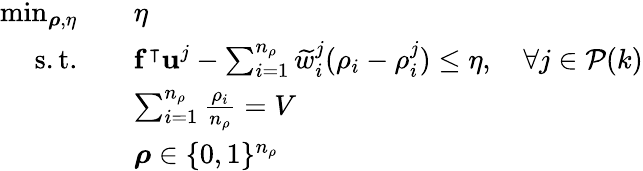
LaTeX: \begin{array}{rl}{\operatorname*{min}_{\boldsymbol{\rho},\eta}}&{\quad\eta}\\ {\mathrm{s.t.}}&{\quad\mathbf{f}^{\intercal}\mathbf{u}^{j}-\sum_{i=1}^{n_{\rho}}\widetilde{w}_{i}^{j}(\rho_{i}-\rho_{i}^{j})\leq\eta,\quad\forall j\in\mathcal{P}(k)}\\ &{\quad\sum_{i=1}^{n_{\rho}}\frac{\rho_{i}}{n_{\rho}}=V}\\ &{\quad\boldsymbol{\rho}\in\{ 0,1\} ^{n_{\rho}}}\end{array}